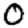
Digit: 0